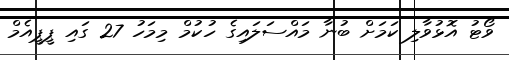
ވޯޓު އޮޅުވާލި ކަމަށް ބުނާ މައްސަލައިގެ ހުކުމް މިމަހު 27 ގައި ޕީޕީއެމް